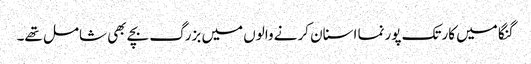
گنگا میں کارتک پورنما اسنان کرنے والوں میں بزرگ بچے بھی شامل تھے۔